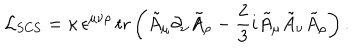
{ \cal L } _ { \mathrm { S C S } } = \kappa \, \epsilon ^ { \mu \nu \rho } \, \mathrm { t r } \left( \tilde { A } _ { \mu } \partial _ { \nu } \tilde { A } _ { \rho } - \frac 2 3 i \tilde { A } _ { \mu } \tilde { A } _ { \nu } \tilde { A } _ { \rho } \right) .